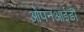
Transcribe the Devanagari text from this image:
ओपनआईडी